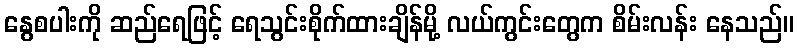
နွေစပါးကို ဆည်ရေဖြင့် ရေသွင်းစိုက်ထားချိန်မို့ လယ်ကွင်းတွေက စိမ်းလန်း နေသည်။